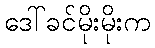
ဒေါ်ခင်မိုးမိုးက